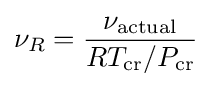
\nu _{R}={\frac {\nu _{\text{actual}}}{RT_{\text{cr}}/P_{\text{cr}}}}